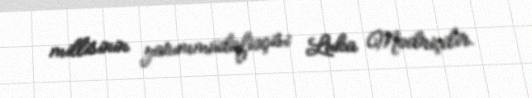
millisinin yarımmüdafiəçisi Luka Modriçdir.